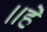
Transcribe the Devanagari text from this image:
॥हे